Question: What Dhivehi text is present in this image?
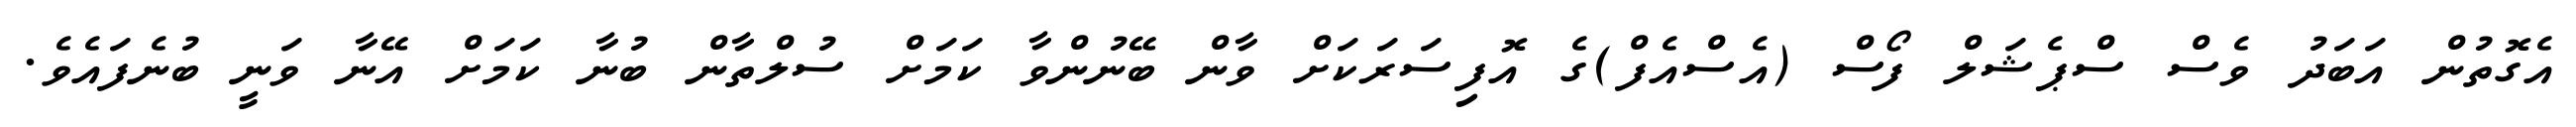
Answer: އެގޮތުން އަބަދު ވެސް ސްޕެޝަލް ފޯސް (އެސްއެފް)ގެ އޮފިސަރަކަށް ވާން ބޭނުންވާ ކަމަށް ސުލްތާން ބުނާ ކަމަށް އޭނާ ވަނީ ބުނެފައެވެ.